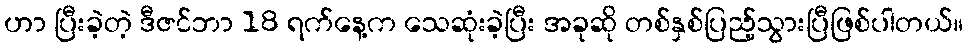
ဟာ ပြီးခဲ့တဲ့ ဒီဇင်ဘာ 18 ရက်နေ့က သေဆုံးခဲ့ပြီး အခုဆို တစ်နှစ်ပြည့်သွားပြီဖြစ်ပါတယ်။